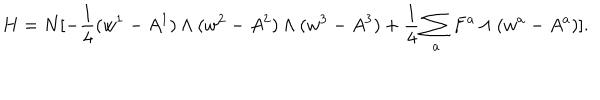
H = N [ - { \frac { 1 } { 4 } } ( w ^ { 1 } - A ^ { 1 } ) \wedge ( w ^ { 2 } - A ^ { 2 } ) \wedge ( w ^ { 3 } - A ^ { 3 } ) + { \frac { 1 } { 4 } } \sum _ { a } F ^ { a } \wedge ( w ^ { a } - A ^ { a } ) ] .